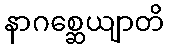
နာဂစ္ဆေယျာတိ